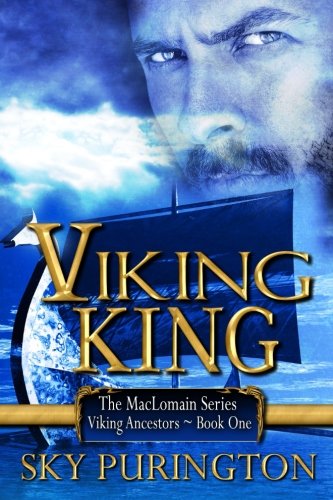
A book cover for Viking King: The MacLomain Series- Viking Ancestors, Book 1 (Volume 1); Sky Purington; Romance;